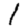
Digit: 1